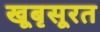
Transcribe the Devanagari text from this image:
खूबृसूरत